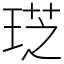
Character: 𤦧